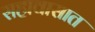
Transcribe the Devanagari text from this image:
सहावासात